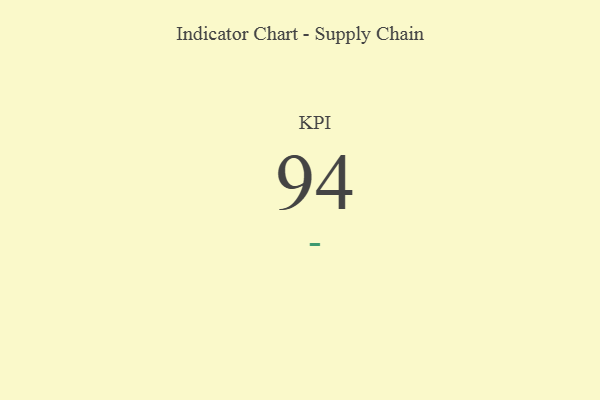
{"axis": {"x": "KPI", "y": "Value"}, "legend": [""], "data": [{"x": "KPI", "y": 94, "type": ""}]}